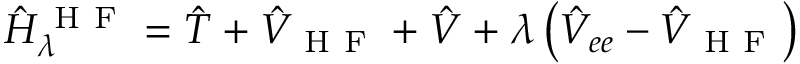
\hat { H } _ { \lambda } ^ { \mathrm { ~ H ~ F ~ } } = \hat { T } + \hat { V } _ { \mathrm { ~ H ~ F ~ } } + \hat { V } + \lambda \left( \hat { V } _ { e e } - \hat { V } _ { \mathrm { ~ H ~ F ~ } } \right)